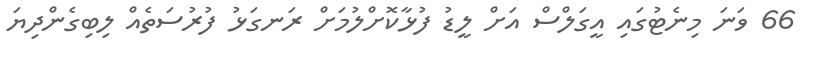
66 ވަނަ މިނެޓުގައި އީގަލްސް އަށް ލީޑު ފުޅާކޮށްލުމަށް ރަނގަޅު ފުރުސަތެއް ލިބިގެންދިޔަ